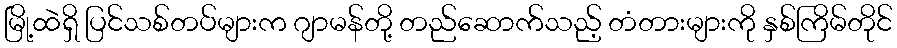
မြို့ထဲရှိ ပြင်သစ်တပ်များက ဂျာမန်တို့ တည်ဆောက်သည့် တံတားများကို နှစ်ကြိမ်တိုင်